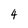
Character: 4